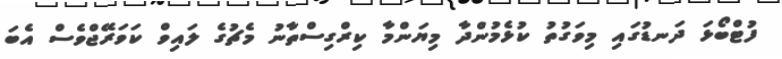
ފުޓްބޯޯޅަ ދަނޑުގައި މިވަގުތު ކުޅެމުންދާ މިޔަންމާ ކިރްގިސްތާނު މެޗުގެ ލައިވް ކަވަރޭޖްވެސް އެބަ